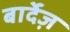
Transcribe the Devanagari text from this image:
बार्देज़